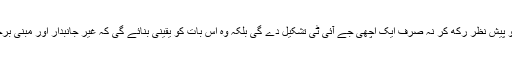
میرا احساس ہے کہ عدالت عظمیٰ اس حقیقت کو پیش نظر رکھ کر نہ صرف ایک اچھی جے آئی ٹی تشکیل دے گی بلکہ وہ اس بات کو یقینی بنائے گی کہ غیر جانبدار اور مبنی برحقائق رپورٹ عدالت کے سامنے پیش ہوسکے۔